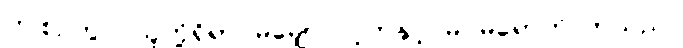
ဤစဉ်တွင် သူတို့ရှိရာ မမျှော်လင့်ဘဲနှင့် မဂမ်ရောက်လာသည်။